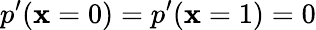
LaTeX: p^{\prime}(\mathbf{x}=0)=p^{\prime}(\mathbf{x}=1)=0